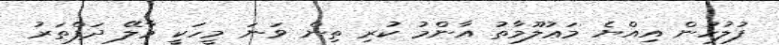
ފުލުހުން އިއްޔެ މަޢުލޫމާތު އާންމު ކުރި ތިން ވަނަ މީހަކީ މާލޭ ދަފްތަރު